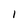
Character: l